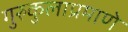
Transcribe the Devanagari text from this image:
गुरुकुलाप्रमाणे